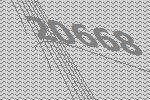
20668